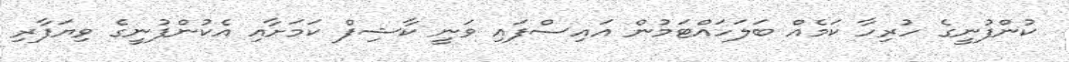
ކުންފުނީގެ ހުރިހާ ކަމެއް ބަލަހައްޓަމުން އައިސްފައި ވަނީ ކާޝިފް ކަމަށާއި އެކުންފުނީގެ ވިޔަފާރި